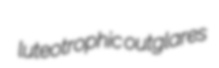
luteotrophic outglares